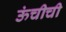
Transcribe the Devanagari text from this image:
ऊंचीची